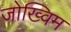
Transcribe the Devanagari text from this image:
जोख्विम